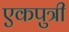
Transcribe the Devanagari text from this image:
एकपुत्री